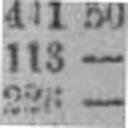
226 —